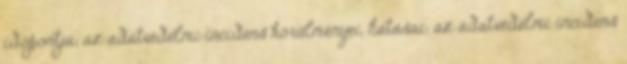
időpontja; az adatvédelmi incidens körülményei, hatásai; az adatvédelmi incidens